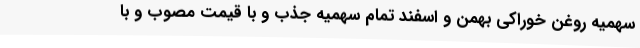
سهمیه روغن خوراکی بهمن و اسفند تمام سهمیه جذب و با قیمت مصوب و با